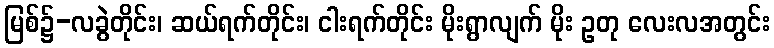
မြစ်၌-လခွဲတိုင်း၊ ဆယ်ရက်တိုင်း၊ ငါးရက်တိုင်း မိုးရွာလျက် မိုး ဥတု လေးလအတွင်း